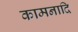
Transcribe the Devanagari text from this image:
कामनादि